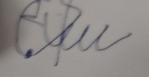
Signature authenticity: forged